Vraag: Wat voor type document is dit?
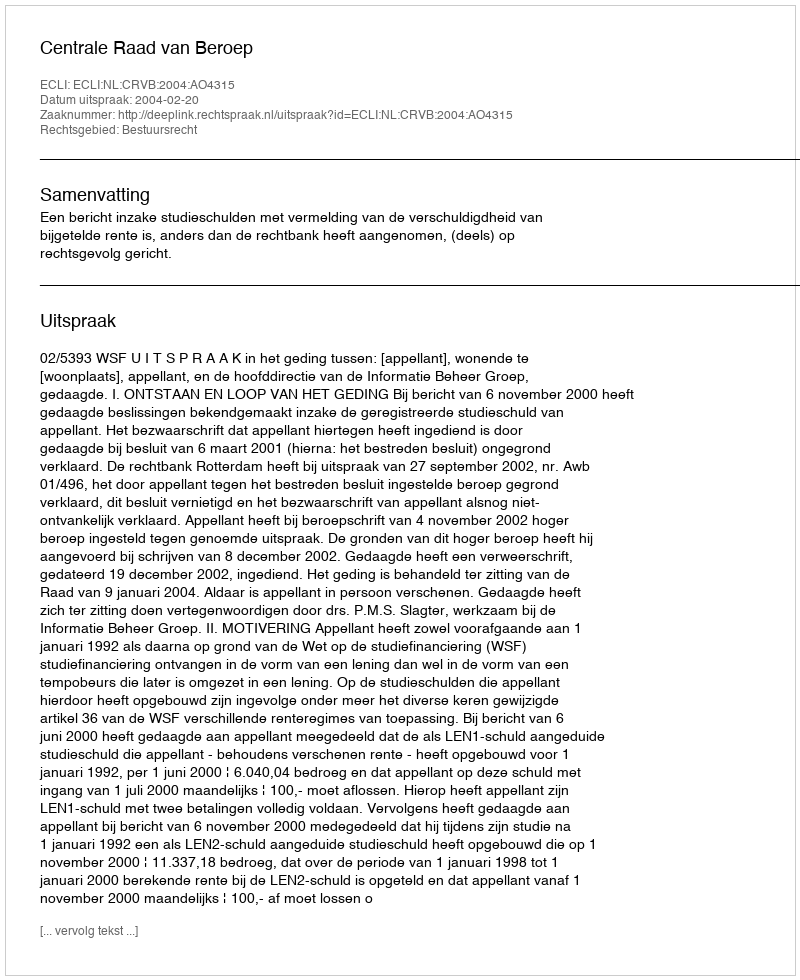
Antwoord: Uitspraak